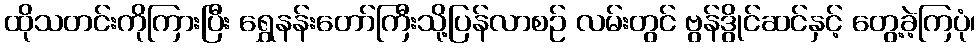
ထိုသတင်းကိုကြားပြီး ရွှေနန်းတော်ကြီးသို့ပြန်လာစဉ် လမ်းတွင် ဗွန်ဒွိုင်ဆင်နှင့် တွေ့ခဲ့ကြပုံ၊